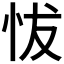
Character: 𢘀